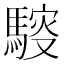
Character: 䮟